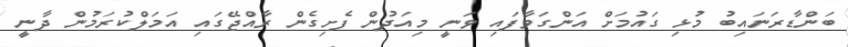
ބަންޑާރަނައިބު މުޅި ގައުމަށް އަންގަވާފައި ވަނީ މިއަދުން ފެށިގެން ރާއްޖޭގައި އަމަލްކުރަމުން ދާނީ